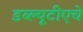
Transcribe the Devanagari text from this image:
डब्ल्यूटीएचे